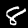
Digit: 8